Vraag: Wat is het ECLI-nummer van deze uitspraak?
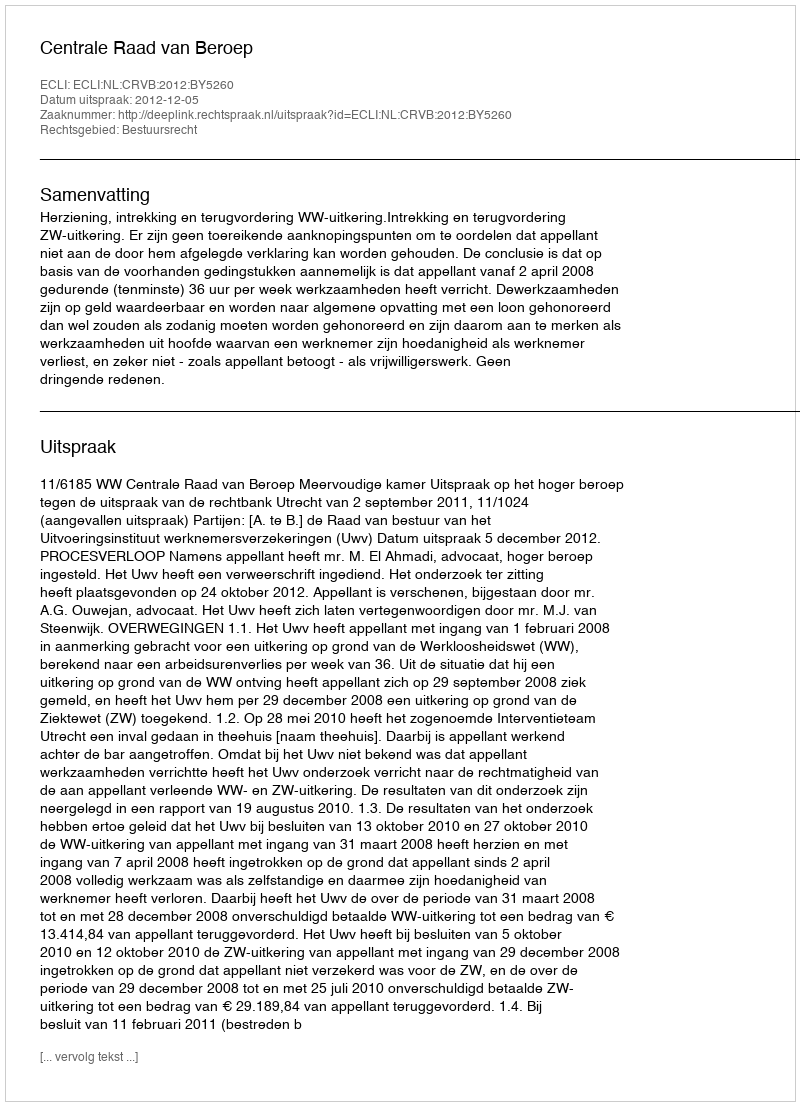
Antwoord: ECLI:NL:CRVB:2012:BY5260